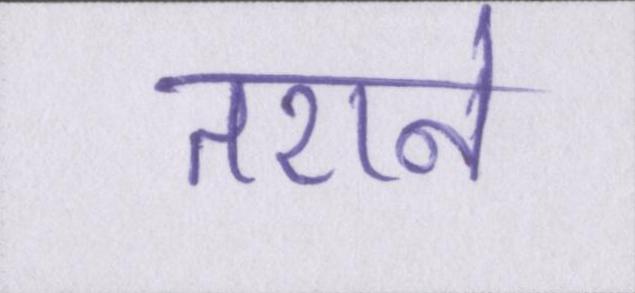
तराने